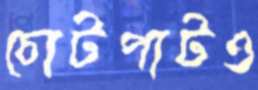
চোটপাটও